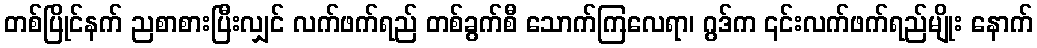
တစ်ပြိုင်နက် ညစာစားပြီးလျှင် လက်ဖက်ရည် တစ်ခွက်စီ သောက်ကြလေရာ၊ ဂွဒ်က ၎င်းလက်ဖက်ရည်မျိုး နောက်